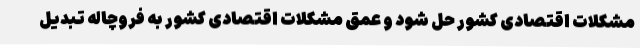
مشکلات اقتصادی کشور حل شود و عمق مشکلات اقتصادی کشور به فروچاله تبدیل